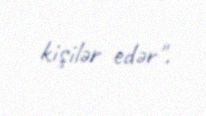
kişilər edər".